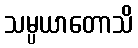
သမ္ပယာတောသိ